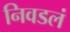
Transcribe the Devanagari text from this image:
निवडलं